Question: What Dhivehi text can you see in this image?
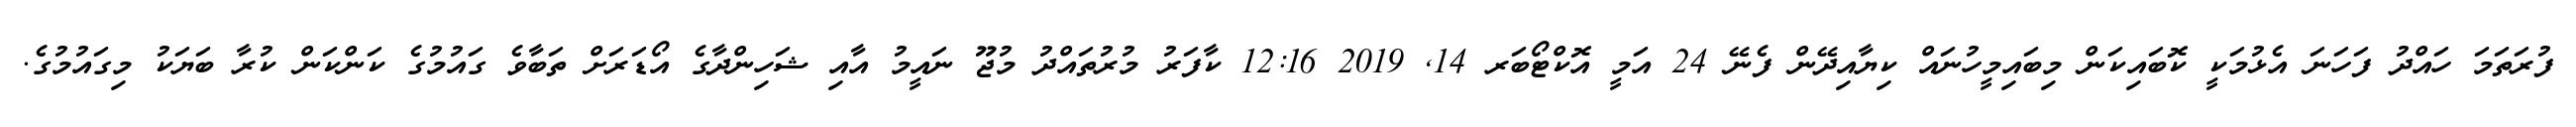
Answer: ފުރަތަމަ ހައްދު ފަހަނަ އެޅުމަކީ ކޮބައިކަން މިބައިމީހުނައް ކިޔާއިދޭން ފެނޭ 24 އަމީ އޮކްޓޯބަރ 14, 2019 12:16 ކާފަރު މުރުތައްދު މުޖޫ ނައީމު އާއި ޝަހިންދާގެ އޯޑަރަށް ތަބާވެ ގައުމުގެ ކަންކަން ކުރާ ބަޔަކު މިގައުމުގެ.